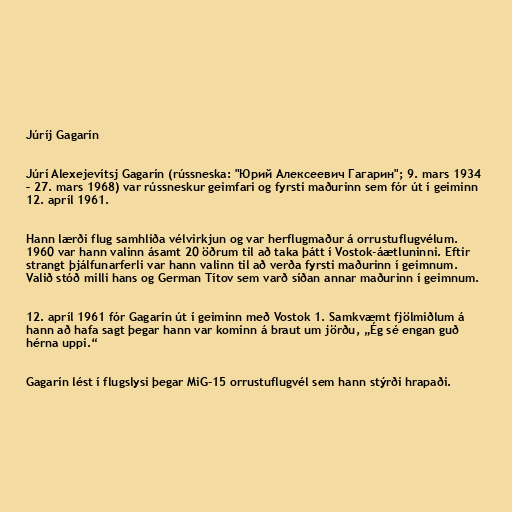
Júríj Gagarín

Júrí Alexejevítsj Gagarín (rússneska: "Юрий Алексеевич Гагарин"; 9. mars 1934
– 27. mars 1968) var rússneskur geimfari og fyrsti maðurinn sem fór út í geiminn
12. apríl 1961.

Hann lærði flug samhliða vélvirkjun og var herflugmaður á orrustuflugvélum.
1960 var hann valinn ásamt 20 öðrum til að taka þátt í Vostok-áætluninni. Eftir
strangt þjálfunarferli var hann valinn til að verða fyrsti maðurinn í geimnum.
Valið stóð milli hans og German Títov sem varð síðan annar maðurinn í geimnum.

12. apríl 1961 fór Gagarín út í geiminn með Vostok 1. Samkvæmt fjölmiðlum á
hann að hafa sagt þegar hann var kominn á braut um jörðu, „Ég sé engan guð
hérna uppi.“

Gagarín lést í flugslysi þegar MiG-15 orrustuflugvél sem hann stýrði hrapaði.